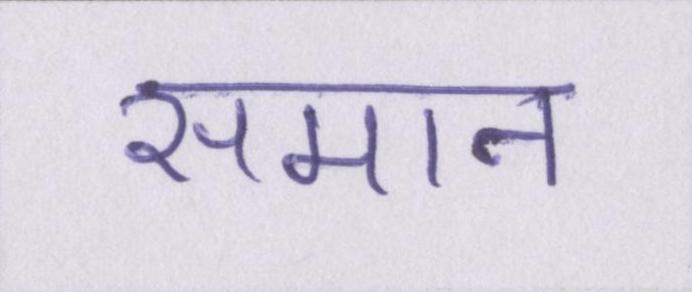
समान